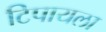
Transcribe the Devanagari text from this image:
टिपायला